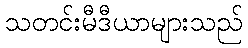
သတင်းမီဒီယာများသည်